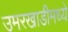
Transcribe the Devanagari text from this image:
उमरखाडीमध्ये